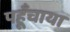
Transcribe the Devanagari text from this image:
पहूँचाया